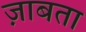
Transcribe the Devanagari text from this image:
ज़ाबता